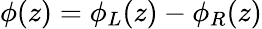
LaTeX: \phi(z)=\phi_{L}(z)-\phi_{R}(z)